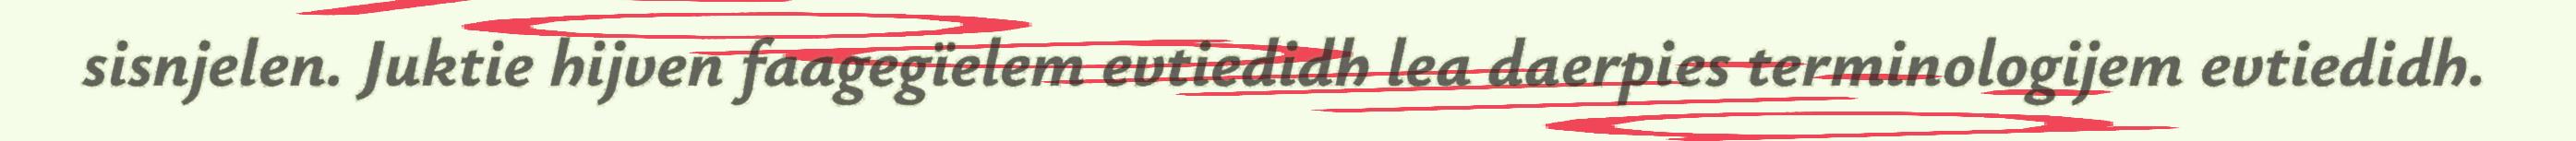
sisnjelen. Juktie hijven faagegïelem evtiedidh lea daerpies terminologijem evtiedidh.